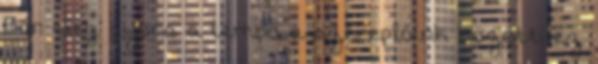
Bár elég gyors a tempó a szereplőink között, ez